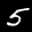
Label: 5